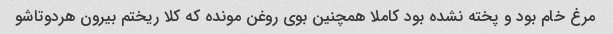
مرغ خام بود و پخته نشده بود کاملا همچنین بوی روغن مونده که کلا ریختم بیرون هردوتاشو